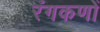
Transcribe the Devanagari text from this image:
रंगकणों